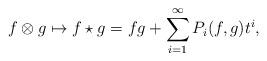
LaTeX: \begin{align*}f\otimes g \mapsto f\star g = fg + \sum_{i=1}^\infty P_i(f,g)t^i,\end{align*}